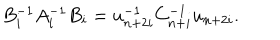
B _ { i } ^ { - 1 } A _ { i } ^ { - 1 } B _ { i } = u _ { n + 2 i } ^ { - 1 } C _ { n + i } ^ { - 1 } u _ { n + 2 i } .